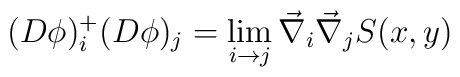
(D\phi)_{i}^{+} (D\phi)_{j} = \lim_{i \rightarrow j} \vec{\nabla}_{i}\vec{\nabla}_{j} S(x,y)